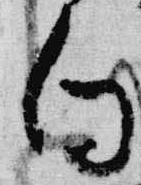
向